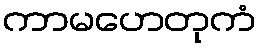
ကာမဟေတုကံ